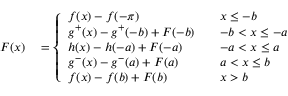
\begin{array} { r l } { F ( x ) } & { { } = \left\{ \begin{array} { l l } { f ( x ) - f ( - \pi ) } & { \quad x \leq - b } \\ { g ^ { + } ( x ) - g ^ { + } ( - b ) + F ( - b ) } & { \quad - b < x \leq - a } \\ { h ( x ) - h ( - a ) + F ( - a ) } & { \quad - a < x \leq a } \\ { g ^ { - } ( x ) - g ^ { - } ( a ) + F ( a ) } & { \quad a < x \leq b } \\ { f ( x ) - f ( b ) + F ( b ) } & { \quad x > b } \end{array} \right. } \end{array}